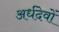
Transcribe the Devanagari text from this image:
अर्धदेवों